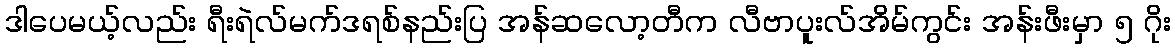
ဒါပေမယ့်လည်း ရီးရဲလ်မက်ဒရစ်နည်းပြ အန်ဆလော့တီက လီဗာပူးလ်အိမ်ကွင်း အန်းဖီးမှာ ၅ ဂိုး